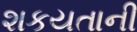
શકયતાની